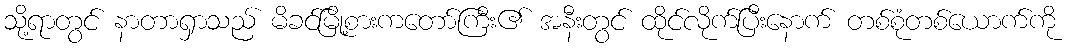
သို့ရာတွင် နာတာရှာသည် မိခင်မြို့စားကတော်ကြီး၏ အနီးတွင် ထိုင်လိုက်ပြီးနောက် တစ်စုံတစ်ယောက်ကို